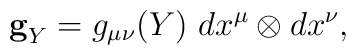
{}{\bf g}_Y = g_{\mu \nu}(Y)\ dx^{\mu} \otimes dx^{\nu},